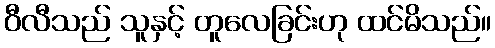
ဝီလီသည် သူနှင့် တူလေခြင်းဟု ထင်မိသည်။